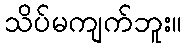
သိပ်မကျက်ဘူး။